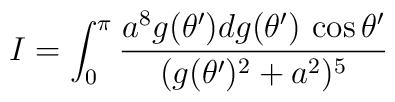
I=\int_{0}^\pi{a^8 g(\theta^\prime) dg(\theta^\prime) \, \cos\theta^\prime\over (g(\theta^\prime)^2+a^2)^5}